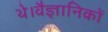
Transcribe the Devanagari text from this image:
थे।वैज्ञानिकों